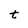
Character: t